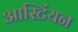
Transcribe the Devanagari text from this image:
आस्टिंयन